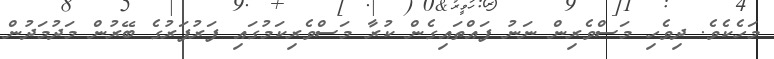
މަހެކެވެ. ދިވެހި މަސްވެރިން ނަނު ފައްތައިގެން ކުރާ މަސްވެރިކަމުގައި ފަރުފަރުގެ ބޭރުން މަދުމަދުން